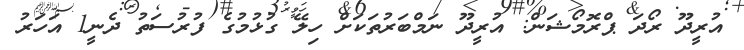
އުރީދޫ ރޯދަ ޕްރޮމޯޝަން: އުރީދޫ ނަމްބަރުތަކަށް ހިލޭ ގުޅުމުގެ ފުރުސަތު ދެނީ1 އަހަރު